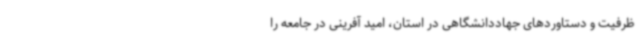
ظرفیت و دستاوردهای جهاددانشگاهی در استان، امید آفرینی در جامعه را